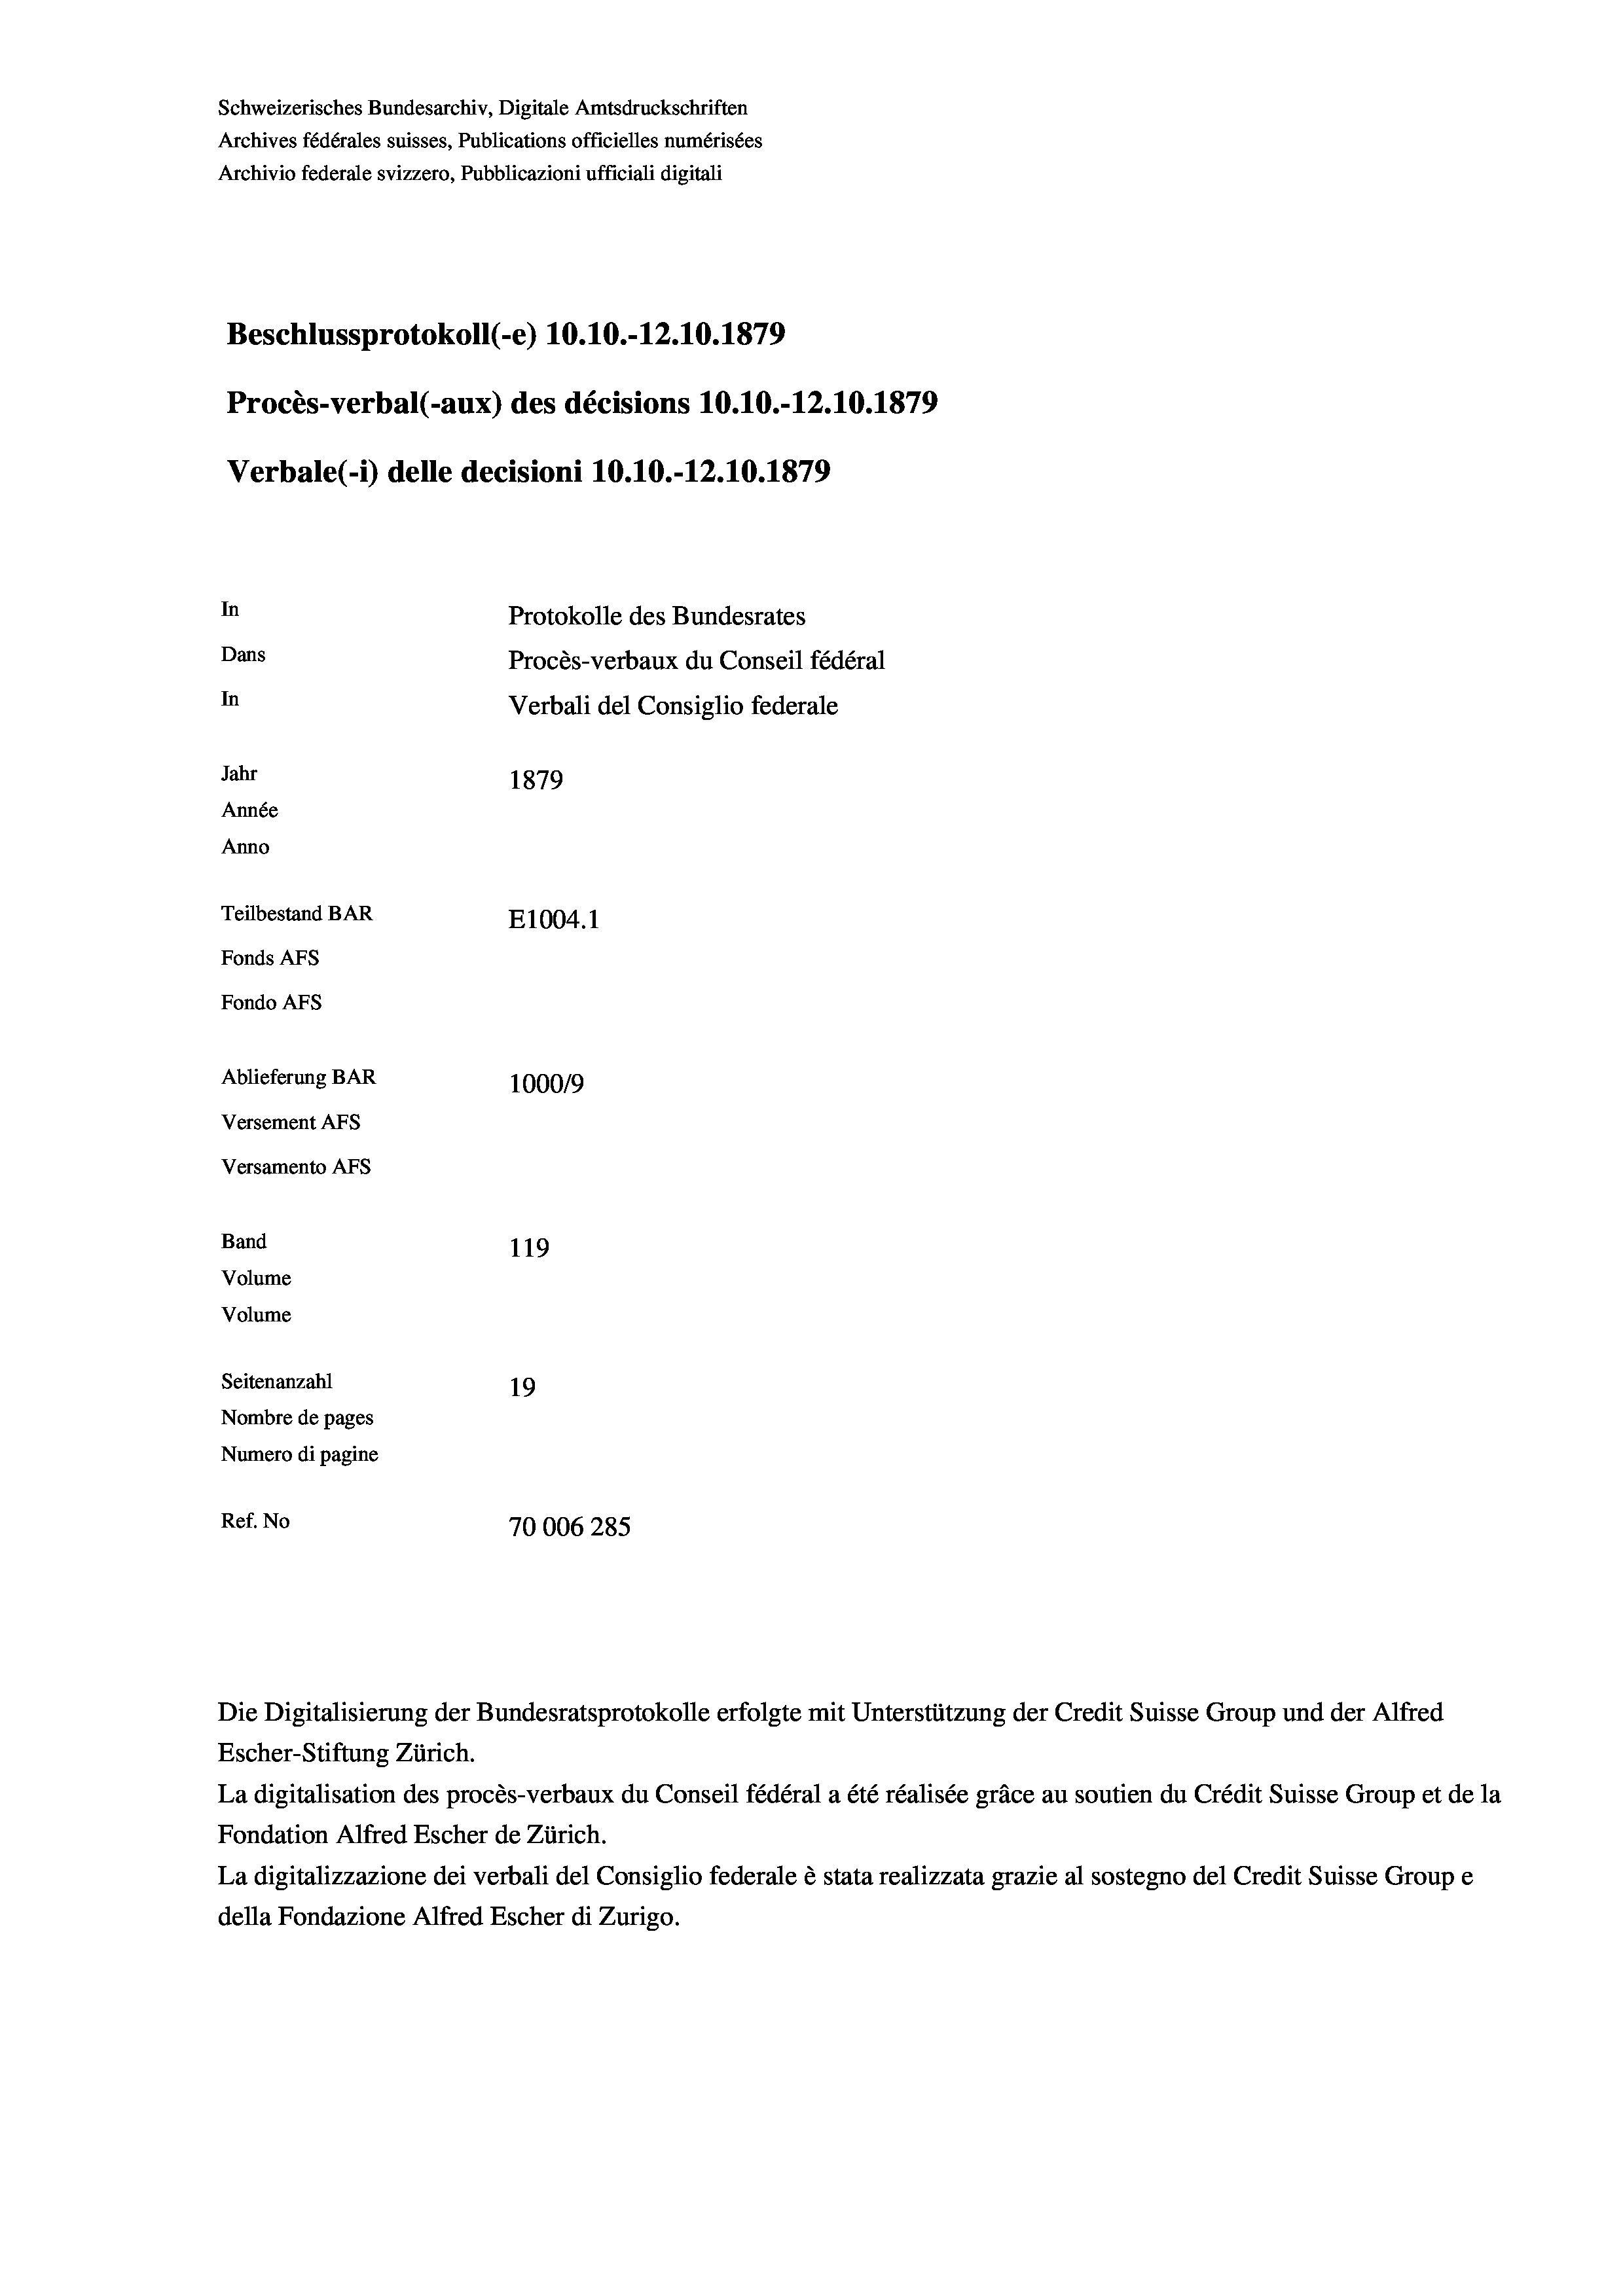
Schweizerisches Bundesarchiv, Digitale Amtsdruckschriften
Archives fédérales suisses, Publications officielles numérisées
Archivio federale svizzero, Pubblicazioni ufficiali digitali
Beschlussprotokoll (-e) 10.10.-12.10.1879
Procès-verbal (-aux) des décisions 10.10.-12.10.1879
Verbale (- 1) delle decisioni 10.10.-12.10.1879
In
Protokolle des Bundesrates
Dans
Procès-verbaux du Conseil fédéral
In
Verbali del Consiglio federale
Jahr
1879
Année
Anno
Teilbestand BAR
E1004.1
Fonds AFs
Fondo AFs
Ablieferung BAR
100019
Versement AFs
Versamento AFs
Band
119
Volume
Volume

Seitenanzahl
19
Nombre de pages
Numero di pagine
Ref. No
70006285

Die Digitalisierung der Bundesratsprotokolle erfolgte mit Unterstützung der Credit Suisse Group und der Alfred
Escher-Stiftung Zürich.
La digitalisation des procès-verbaux du Conseil fédéral a été réalisée gräce au soutien du Crédit Suisse Group et de la
Fondation Alfred Escher de Zürich.
La digitalizzazione dei verbali del Consiglio federale è stata realizzata grazie al sostegno del Credit Suisse Groupe
della Fondazione Alfred Escher di Zurigo.